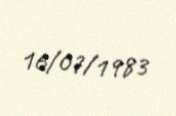
16/07/1983